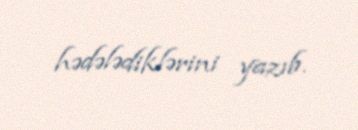
hədələdiklərini yazıb.